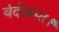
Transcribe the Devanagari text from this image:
बंदोबस्त।